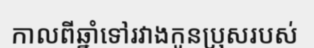
កាលពីឆ្នាំទៅរវាងកូនប្រុសរបស់